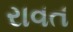
રાવત